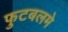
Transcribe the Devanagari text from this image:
फुटबलमे